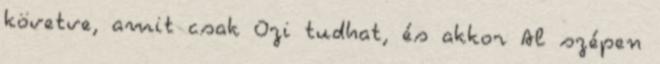
követve, amit csak Ozi tudhat, és akkor Al szépen